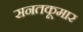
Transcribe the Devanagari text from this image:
सनतकूमार